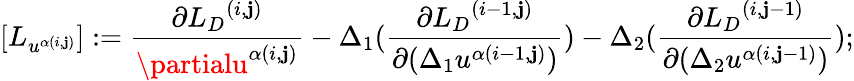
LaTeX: [{L}_{u^{\alpha(i,\mathbf{j})}}]:=\frac{{\partial{{L}_{D}}^{(i,\mathbf{j})}}}{{\partialu^{\alpha(i,\mathbf{j})}}}-\Delta_{1}(\frac{{\partial{{L}_{D}}^{(i-1,\mathbf{j})}}}{{\partial(\Delta_{1}u^{\alpha(i-1,\mathbf{j})})}})-\Delta_{2}(\frac{{\partial{{L}_{D}}^{(i,\mathbf{j}-1)}}}{{\partial(\Delta_{2}u^{\alpha(i,\mathbf{j}-1)})}});